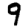
Digit: 9